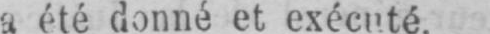
a été donné et exécuté.